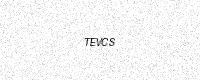
Text: TEVCS